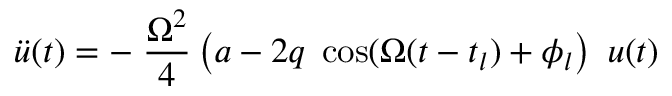
\ddot { u } ( t ) = - \; \frac { \Omega ^ { 2 } } { 4 } \left( a - 2 q \; \cos ( \Omega ( t - t _ { l } ) + \phi _ { l } \right) \ u ( t )